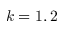
k = 1 , 2